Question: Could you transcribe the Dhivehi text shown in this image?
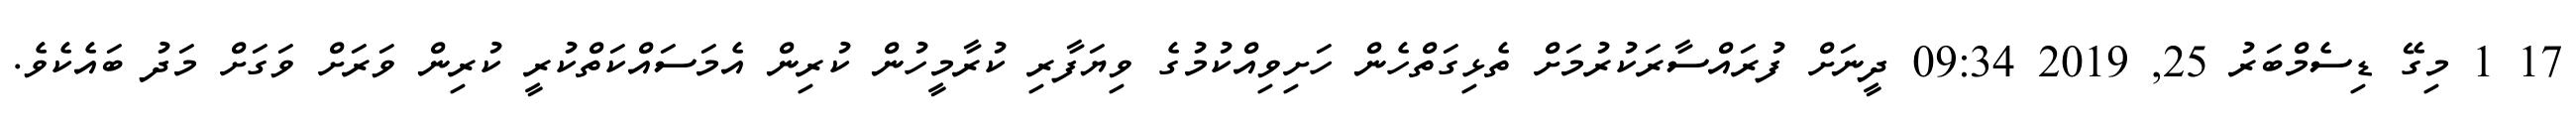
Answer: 17 1 މިގޭ ޑިސެމްބަރު 25, 2019 09:34 ދީނަށް ފުރައްސާރަކުރުމަށް ތެޅިގަތްހެން ހަށިވިއްކުމުގެ ވިޔަފާރި ކުރާމީހުން ކުރިން އެމަސައްކަތްކުރީ ކުރިން ވަރަށް ވަގަށް މަދު ބައެކެވެ.